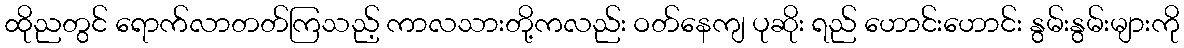
ထိုညတွင် ရောက်လာတတ်ကြသည့် ကာလသားတို့ကလည်း ဝတ်နေကျ ပုဆိုး ရည် ဟောင်းဟောင်း နွမ်းနွမ်းများကို